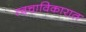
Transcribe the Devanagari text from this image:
त्वचाविकारात